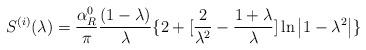
LaTeX: \begin{align*}S^{(i)}(\lambda )=\frac{\alpha _R^0}\pi \frac{(1-\lambda )}\lambda\{2+[\frac 2{\lambda ^2}-\frac{1+\lambda }\lambda ]\ln \left| 1-\lambda^2\right| \}\end{align*}